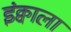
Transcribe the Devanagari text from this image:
इंक्वाला